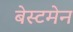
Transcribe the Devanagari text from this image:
बेस्टमेन